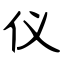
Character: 仪